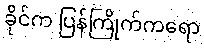
ခိုင်က ပြန်ကြိုက်ကရော